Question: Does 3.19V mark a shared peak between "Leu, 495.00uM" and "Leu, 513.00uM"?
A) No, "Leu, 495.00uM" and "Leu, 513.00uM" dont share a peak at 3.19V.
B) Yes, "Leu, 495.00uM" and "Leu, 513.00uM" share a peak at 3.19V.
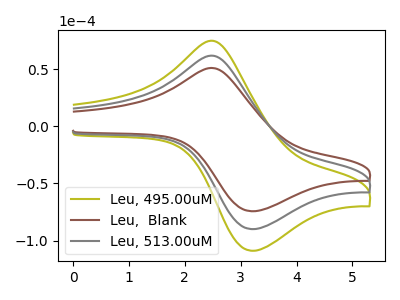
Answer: <think>The olive curve "Leu, 495.00uM" has an anodic peak at (2.55V, 123.05uA) and a cathodic peak at (3.20V, -179.90uA). The brown curve "Leu,  Blank" has an anodic peak at (2.55V, 50.80uA) and a cathodic peak at (3.20V, -74.30uA). The gray curve "Leu, 513.00uM" has an anodic peak at (2.55V, 61.50uA) and a cathodic peak at (3.20V, -89.95uA).</think>
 <answer>B) Yes, "Leu, 495.00uM" and "Leu, 513.00uM" share a peak at 3.19V.</answer>
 <eval>B</eval>